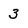
Character: 3